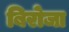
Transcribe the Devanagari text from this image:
बिरोजा